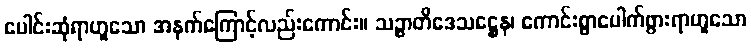
ပေါင်းဆုံရာဟူသော အနက်ကြောင့်လည်းကောင်း။ သဉ္စာတိဒေသဋ္ဌေန၊ ကောင်းစွာပေါက်ဖွားရာဟူသော